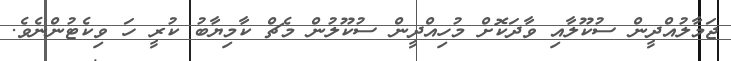
ޖަމާލުއްދީން ސުކޫލާއި ވާދަކޮށް މުހިއްދީން ސުކޫލުން މެޗް ކާމިޔާބު ކުރީ ހަ ވިކެޓުންނެވެ.